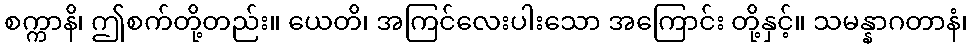
စက္ကာနိ၊ ဤစက်တို့တည်း။ ယေတိ၊ အကြင်လေးပါးသော အကြောင်း တို့နှင့်။ သမန္နာဂတာနံ၊